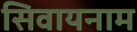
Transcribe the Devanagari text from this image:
सिवायनाम